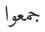
جمعوا